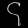
Digit: ၄